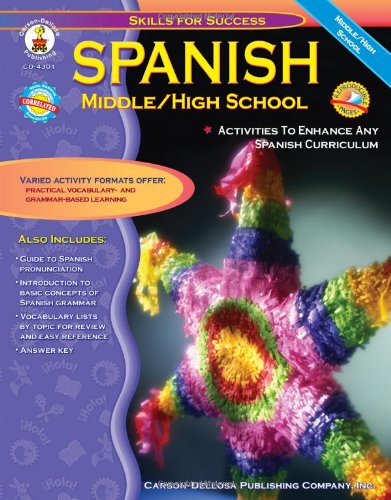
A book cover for Spanish: Middle / High School (Skills for Success); Cynthia Downs; Children's Books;